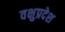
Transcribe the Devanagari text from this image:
वक्षुप्रदेश